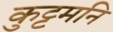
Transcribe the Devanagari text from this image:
कुट्टमनि